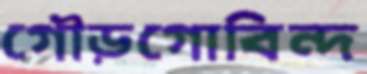
গৌড়গোবিন্দ